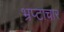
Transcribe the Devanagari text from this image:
भ्रप्टाचार